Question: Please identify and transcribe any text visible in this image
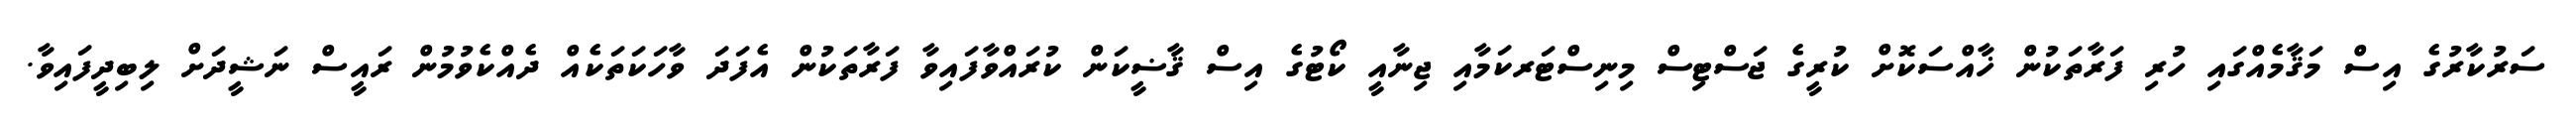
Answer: ސަރުކާރުގެ އިސް މަޤާމެއްގައި ހުރި ފަރާތަކުން ޚާއްސަކޮށް ކުރީގެ ޖަސްޓިސް މިނިސްޓަރކަމާއި ޖިނާއީ ކޯޓުގެ އިސް ޤާޟީކަން ކުރައްވާފައިވާ ފަރާތަކުން އެފަދަ ވާހަކަތަކެއް ދެއްކެވުމުން ރައީސް ނަޝީދަށް ލިބިދީފައިވާ.